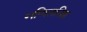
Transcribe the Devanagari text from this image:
गणितनिष्ठ